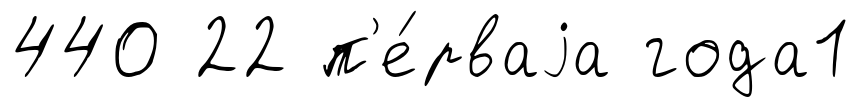
440 22 п'е́рваjа года1